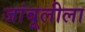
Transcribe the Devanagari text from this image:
जांबूलीला